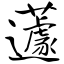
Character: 蘧